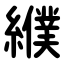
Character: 纀